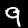
Digit: 9